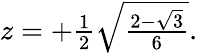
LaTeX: \begin{array}{r}{z=+\frac{1}{2}\sqrt{\frac{2-\sqrt{3}}{6}}.}\end{array}